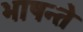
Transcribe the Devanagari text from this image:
भाषन्ते